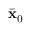
\bar { \bf x } _ { 0 }